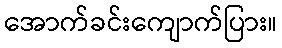
အောက်ခင်းကျောက်ပြား။